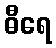
ဓီရေ